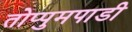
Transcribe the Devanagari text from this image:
तोप्पुमपाडी